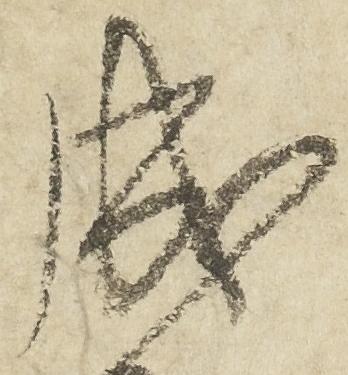
成